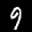
Label: 9